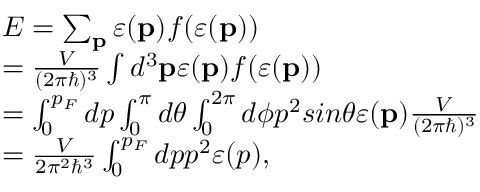
\begin{array} { l } { E = \sum _ { \mathbf { p } } \varepsilon ( \mathbf { p } ) f ( \varepsilon ( \mathbf { p } ) ) } \\ { = \frac { V } { ( 2 \pi \hbar ) ^ { 3 } } \int d ^ { 3 } \mathbf { p } \varepsilon ( \mathbf { p } ) f ( \varepsilon ( \mathbf { p } ) ) } \\ { = \int _ { 0 } ^ { p _ { F } } d p \int _ { 0 } ^ { \pi } d \theta \int _ { 0 } ^ { 2 \pi } d \phi p ^ { 2 } s i n \theta \varepsilon ( \mathbf { p } ) \frac { V } { ( 2 \pi \hbar ) ^ { 3 } } } \\ { = \frac { V } { 2 \pi ^ { 2 } \hbar ^ { 3 } } \int _ { 0 } ^ { p _ { F } } d p p ^ { 2 } \varepsilon ( p ) , } \end{array}